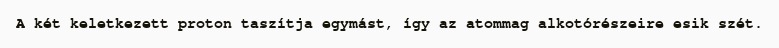
A két keletkezett proton taszítja egymást, így az atommag alkotórészeire esik szét.